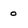
Character: 0